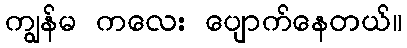
ကျွန်မ ကလေး ပျောက်နေတယ်။